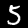
Digit: 5